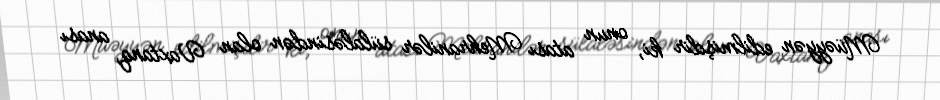
Müəyyən edilmişdir ki, onun atası Mehranilər sülaləsindən olan Vaxtanq, anası